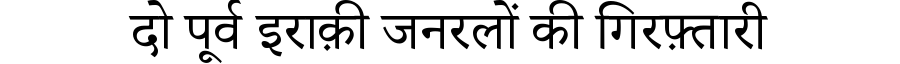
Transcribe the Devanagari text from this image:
दो पूर्व इराक़ी जनरलों की गिरफ़्तारी